Account of plague administration in the Bombay Presidency from September 1896 till May 1897
Year: 1896
Disease focus: Plague
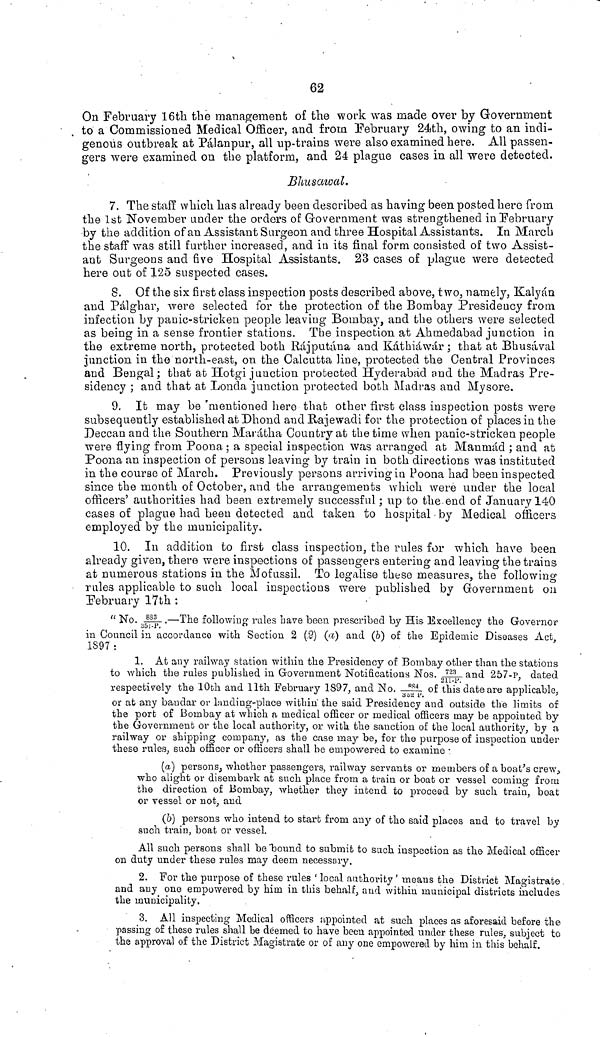
62
On February 16th the management of the work was made over by Government
to a Commissioned Medical Officer, and from February 24th, owing to an indi-
genous outbreak at Pàlanpur, all up-trains were also examined here. All passen-
gers were examined on the platform, and 24 plague cases in all were detected.
Bhusawal.
7. The staff which has already been described as having been posted here from
the 1st November under the orders of Government was strengthened in February
by the addition of an Assistant Surgeon and three Hospital Assistants. In March
the staff was still further increased, and in its final form consisted of two Assist-
ant Surgeons and five Hospital Assistants. 23 cases of plague were detected
here out of 125 suspected cases.
8. Of the six first class inspection posts described above, two, namely, Kalyán
and Pálghar, were selected for the protection of the Bombay Presidency from
infection by panic-stricken people leaving Bombay, and the others were selected
as being in a sense frontier stations. The inspection at Ahmedabad junction in
the extreme north, protected both Rájputána and Káthiáwár ; that at Bhusával
junction in the north-east, on the Calcutta Hue, protected the Central Provinces
and Bengal; that at Hotgi junction protected Hyderabad and the Madras Pre-
sidency ; and that at Londa junction protected both Madras and Mysore.
9. It may be mentioned hero that other first class inspection posts were
subsequently established at Dhond and Rajewadi for the protection of places in the
Deccan and the Southern Marátha Country at the time when panic-stricken people
were flying from Pooua ; a special inspection was arranged at Maumád ; and at
Poona an inspection of persons leaving by train in both directions was instituted
in the course of March. Previously persons arriving in Poona had been inspected
since the month of October, and the arrangements which were under the local
officers' authorities had been extremely successful; up to the end of January 140
cases of plague had been detected and taken to hospital by Medical officers
employed by the municipality.
10. In addition to first class inspection, the rules for which have been
already given, there were inspections of passengers entering and leaving the trains
at numerous stations in the Mofussil. To legalise these measures, the following
rules applicable to such local inspections were published by Government on
February 17th :
" No. 833.—The following rales Lave been prescribed "by His Excellency the Governor
in Council in accordance with Section 2 (2) (a) and (b) of the Epidemic Diseases Act,
1897:
1. At any railway station within the Presidency of Bombay other than the stations
to which the rules published in Government Notifications Nos. 723 and 257-P, dated
respectively the 10th and 11th February 1897, and No. 854 of this date are applicable,
or at any bandar or landing-place within the said Presidency and outside the limits of
the port of Bombay at which a medical officer or medical officers may be appointed by
the Government or the local authority, or with, the sanction of the local authority, by a
railway or shipping company, as the case may be, for the purpose of inspection under
these rules, such officer or officers shall be empowered to examine ·
(a) persons, whether passengers, railway servants or members of a boat's crew
who alight or disembark at such place from a train or boat or vessel coming from
the direction of Bombay, whether they intend to proceed by such train, boat
or vessel or not, and
(b) persons who intend to start from any of the said places and to travel by
such train, boat or vessel.
All such persons shall be bound to submit to such inspection as the Medical officer
on duty under these rules may deem necessary.
2. For the purpose of these rules ' local authority' means the District Magistrate
and any one empowered by him in this behalf, and within municipal districts includes
the municipality.
3. All inspecting Medical officers appointed at such places as aforesaid before the
passing of these rules shall be deemed to have been appointed under these rules, subject to
the approval of the District Magistrate or of any one empowered by him in this behalf.